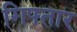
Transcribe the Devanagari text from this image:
गिफ्तार